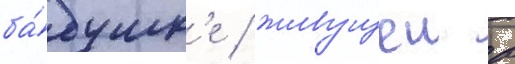
ба́бушк'е / живущеи в